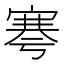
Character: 𡩱